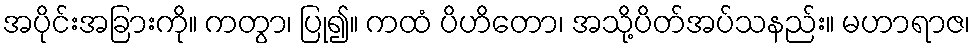
အပိုင်းအခြားကို။ ကတွာ၊ ပြု၍။ ကထံ ပိဟိတော၊ အသို့ပိတ်အပ်သနည်း။ မဟာရာဇ၊